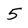
Character: 5